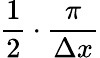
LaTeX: \frac{1}{2}\cdot\frac{\pi}{\Delta x}